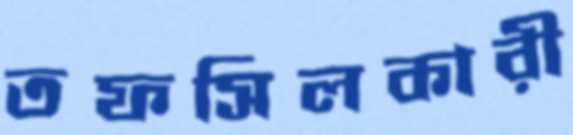
তফসিলকারী